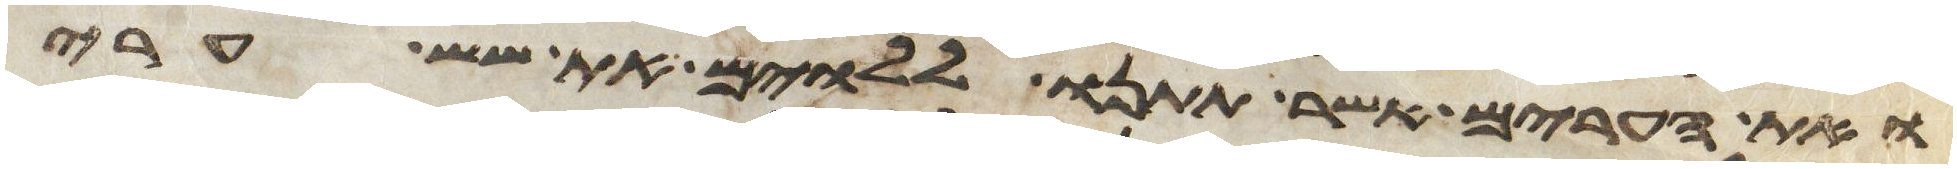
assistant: ואת הערים אשר תתנו ללוים את שש ערי